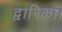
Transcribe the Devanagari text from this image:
द्वारिका।